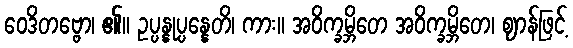
ဝေဒိတဗ္ဗော၊ ၏။ ဥပ္ပန္နုပ္ပန္နေတိ၊ ကား။ အဝိက္ခမ္ဘိတေ အဝိက္ခမ္ဘိတေ၊ ဈာန်ဖြင့်